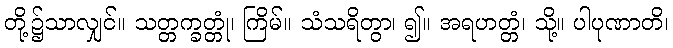
တို့၌သာလျှင်။ သတ္တက္ခတ္တုံ၊ ကြိမ်။ သံသရိတွာ၊ ၍။ အရဟတ္တံ၊ သို့။ ပါပုဏာတိ၊